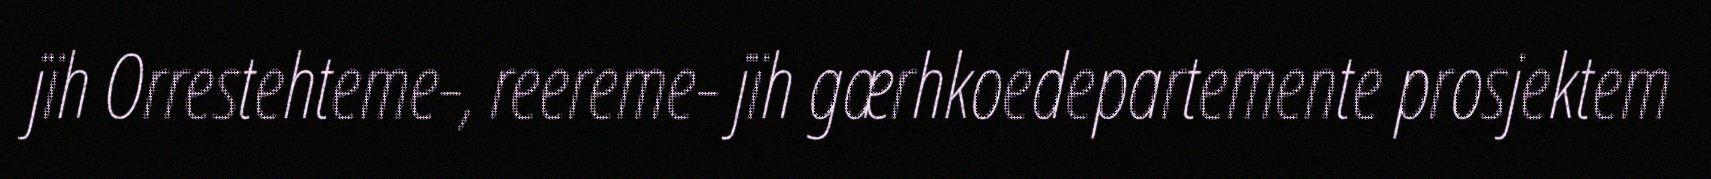
jïh Orrestehteme-, reereme- jïh gærhkoedepartemente prosjektem